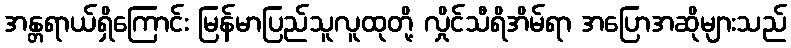
အန္တရာယ်ရှိကြောင်း မြန်မာပြည်သူလူထုတို့ လှိုင်သီရိအိမ်ရာ အပြောအဆိုများသည်